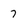
Character: 7